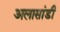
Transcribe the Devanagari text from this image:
अलासांडी